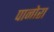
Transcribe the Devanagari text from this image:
पानोरा